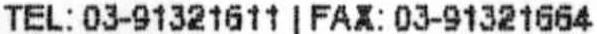
TEL: 03-91321611 | FAX: 03-91321664